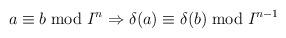
LaTeX: \begin{align*}a \equiv b \bmod I^n \Rightarrow \delta(a) \equiv \delta(b) \bmod I^{n-1} \end{align*}